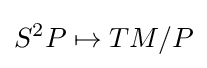
S^{2}P\mapsto TM/P